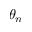
\theta _ { n }